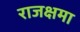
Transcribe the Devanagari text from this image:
राजक्षमा